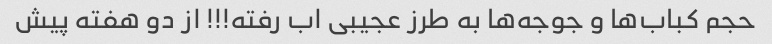
حجم کباب‌ها و جوجه‌ها به طرز عجیبی اب رفته!!! از دو هفته پیش